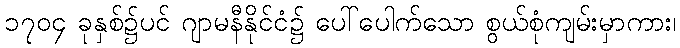
၁၇၀၄ ခုနှစ်၌ပင် ဂျာမနီနိုင်ငံ၌ ပေါ်ပေါက်သော စွယ်စုံကျမ်းမှာကား၊